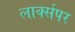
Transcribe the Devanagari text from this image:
लार्क्सपर